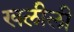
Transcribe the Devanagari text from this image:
खलीली